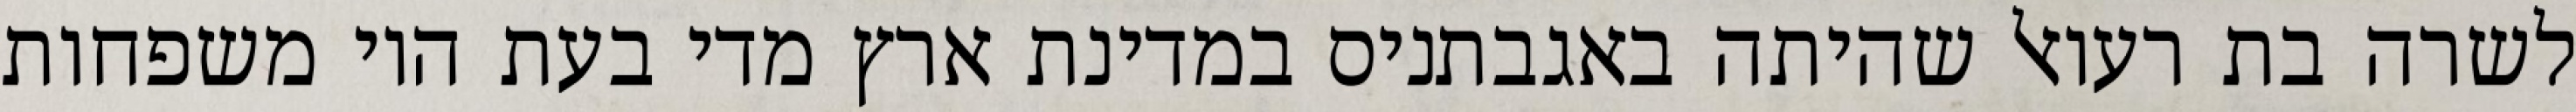
לשרה בת רעואל שהיתה באגבתניס במדינת ארץ מדי בעת היו משפחות